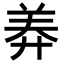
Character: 𦍰